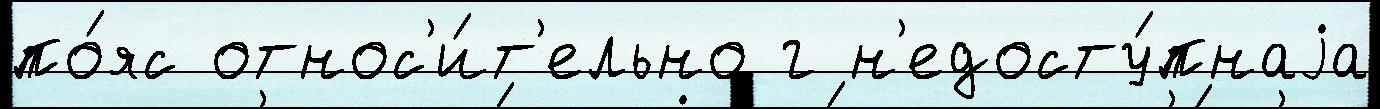
по́яс относ'и́т'ельно г н'едосту́пнаjа